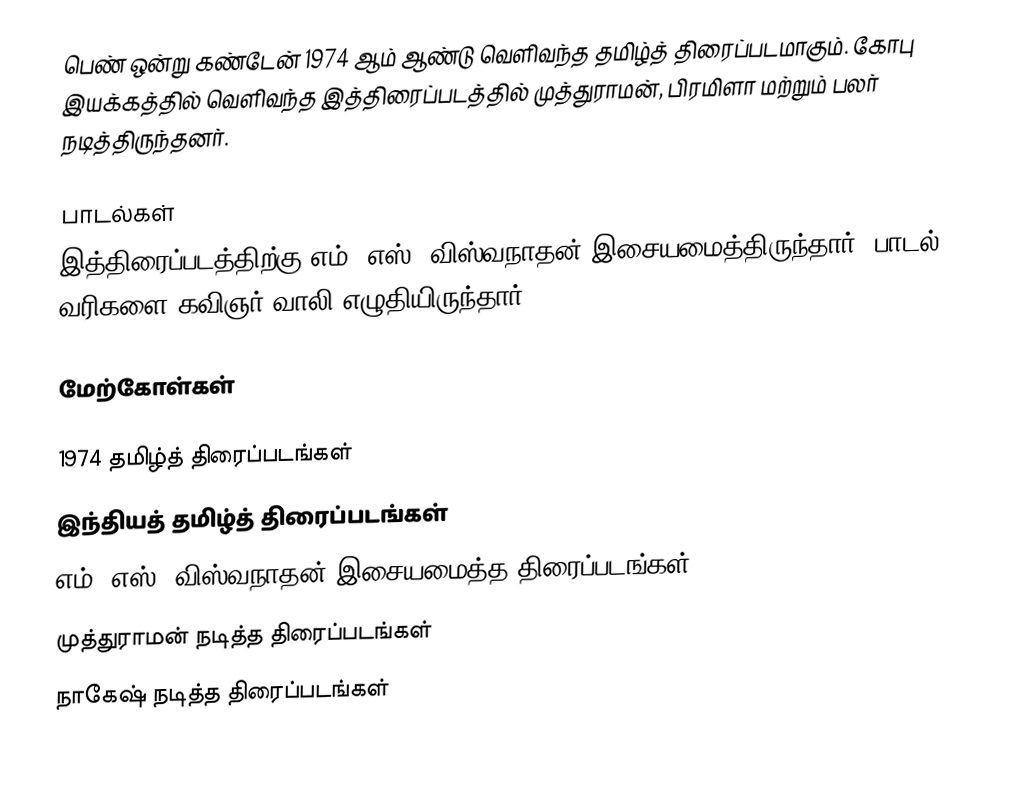
பெண் ஒன்று கண்டேன் 1974 ஆம் ஆண்டு வெளிவந்த தமிழ்த் திரைப்படமாகும். கோபு இயக்கத்தில் வெளிவந்த இத்திரைப்படத்தில் முத்துராமன், பிரமிளா மற்றும் பலர் நடித்திருந்தனர்.

பாடல்கள்
இத்திரைப்படத்திற்கு எம். எஸ். விஸ்வநாதன் இசையமைத்திருந்தார். பாடல் வரிகளை கவிஞர் வாலி எழுதியிருந்தார்.

மேற்கோள்கள்

1974 தமிழ்த் திரைப்படங்கள்
இந்தியத் தமிழ்த் திரைப்படங்கள்
எம். எஸ். விஸ்வநாதன் இசையமைத்த திரைப்படங்கள்
முத்துராமன் நடித்த திரைப்படங்கள்
நாகேஷ் நடித்த திரைப்படங்கள்